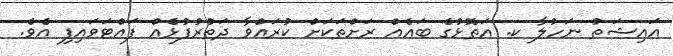
އައިޝަތު ނަހުލާ ކ. އަތޮޅުގެ ބައެއް ރަށްތަކަށް ކުރައްވާ ދަތުރުުފުޅެއް ފައްޓަވައިފި އެވެ.